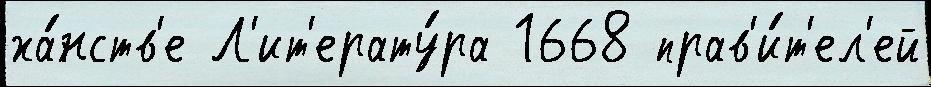
ха́нств'е Л'ит'ерату́ра 1668 прав'и́т'ел'ей